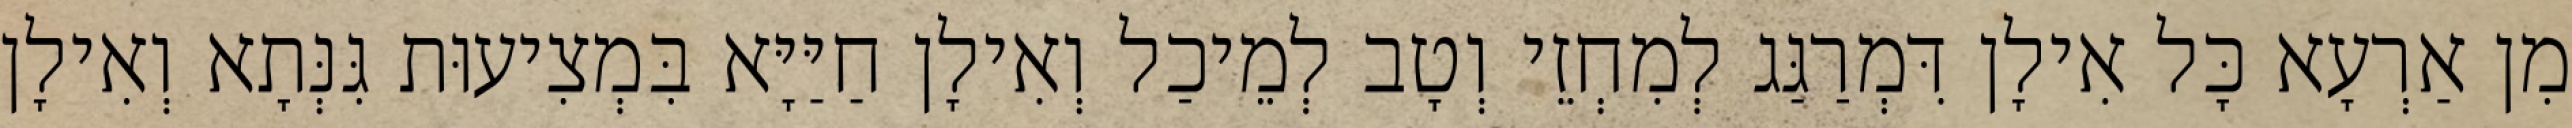
מִן אַרְעָא כָּל אִילָן דִּמְרַגַּג לְמִחְזֵי וְטָב לְמֵיכַל וְאִילָן חַיַּיָּא בִּמְצִיעוּת גִּנְּתָא וְאִילָן